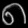
Digit: ၈